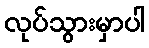
လုပ်သွားမှာပါ